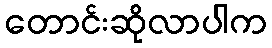
တောင်းဆိုလာပါက